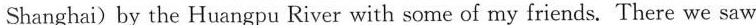
Shanghai)by the Huangpu River with some of my friends. There we saw